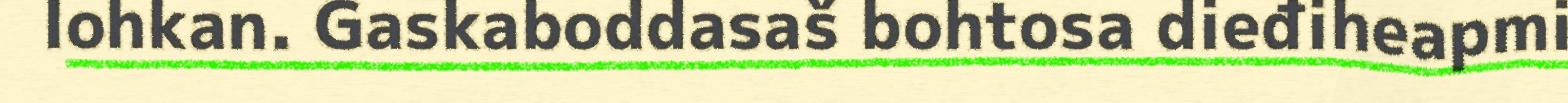
lohkan. Gaskaboddasaš bohtosa dieđiheapmi